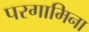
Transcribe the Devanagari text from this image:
परगामिना